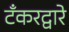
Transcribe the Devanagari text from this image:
टँकरद्वारे